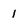
Character: 1